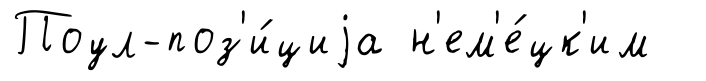
Поул-поз'и́циjа н'ем'е́цк'им